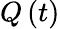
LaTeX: Q\left(t\right)